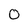
Character: O